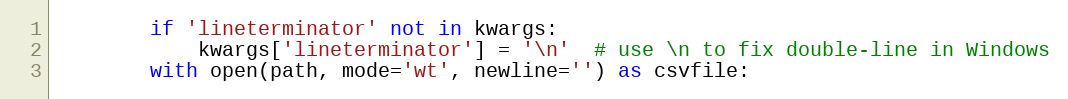
Language: Python
        if 'lineterminator' not in kwargs:
            kwargs['lineterminator'] = '\n'  # use \n to fix double-line in Windows
        with open(path, mode='wt', newline='') as csvfile: